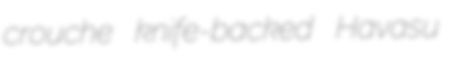
crouche knife-backed Havasu